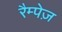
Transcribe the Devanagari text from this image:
रैम्पेज़